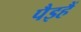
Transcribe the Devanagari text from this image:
पैइहैं